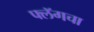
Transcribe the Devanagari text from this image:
फ्लॅगचा